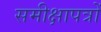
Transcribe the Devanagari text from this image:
समीक्षापत्रों